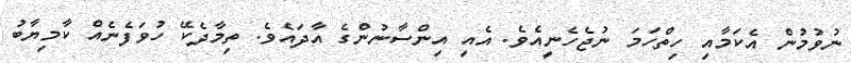
ނުވުމުން އެކަމާއި ހިތްހަމަ ނުޖެހެނީއެވެ. އެއީ އިންސާނުންގެ އާދައެވެ. ތިމާދެކޭ ހުވަފެނެއް ކާމިޔާބު